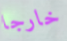
خارجا